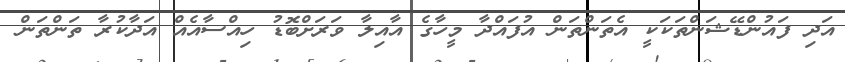
އަދި ފައުންޑޭޝަންތަކަކީ އެތަންތަން އުފައްދާ މީހާގެ އާއިލާ ވަރަށްބޮޑު ހިއްސާއެއް އަދާކުރާ ތަންތަން